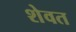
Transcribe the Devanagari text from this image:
शेवत